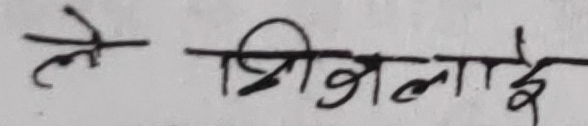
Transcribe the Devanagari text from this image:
ले भिजिलाई